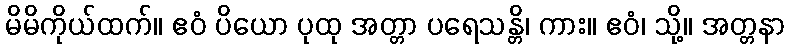
မိမိကိုယ်ထက်။ ဧဝံ ပိယော ပုထု အတ္တာ ပရေသန္တိ၊ ကား။ ဧဝံ၊ သို့။ အတ္တနာ